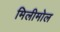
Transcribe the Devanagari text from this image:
मिलीमोल